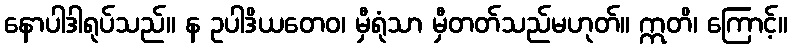
နောပါဒါရုပ်သည်။ န ဥပါဒိယတေဝ၊ မှီရုံသာ မှီတတ်သည်မဟုတ်။ ဣတိ၊ ကြောင့်။